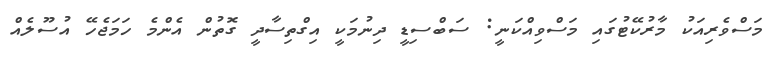
މަސްވެރިއަކު މާރުކޭޓުގައި މަސްވިއްކަނީ: ސަބްސިޑީ ދިނުމަކީ އިގްތިސާދީ ގޮތުން އެންމެ ހަމަޖެހޭ އުސޫލެއް